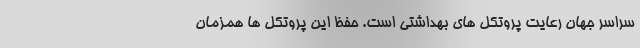
سراسر جهان رعایت پروتکل های بهداشتی است. حفظ این پروتکل ها همزمان